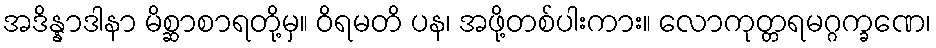
အဒိန္နာဒါနာ မိစ္ဆာစာရတို့မှ။ ဝိရမတိ ပန၊ အဖို့တစ်ပါးကား။ လောကုတ္တရမဂ္ဂက္ခဏေ၊